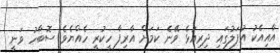
އާއިއެކު އުފަލުގައި ދިރިއުޅެ ވޭނެ ކަމަށް އާރިފާ ހީކުރީ ހެއްޔެވެ ސޮބާހު ވަނީ